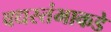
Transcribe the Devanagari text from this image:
वधस्तंभाकडे